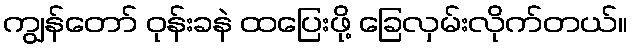
ကျွန်တော် ဝုန်းခနဲ ထပြေးဖို့ ခြေလှမ်းလိုက်တယ်။